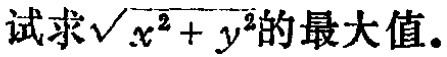
试求\(\sqrt{x^{2}+y^{2}}\)的最大值。